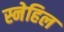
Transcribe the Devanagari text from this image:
स्नेहिल